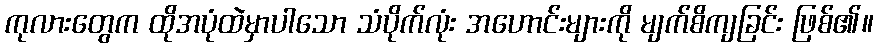
ကုလားတွေက ထိုအပုံထဲမှာပါသော သံပိုက်လုံး အဟောင်းများကို မျက်စိကျခြင်း ဖြစ်၏။